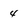
Character: 4